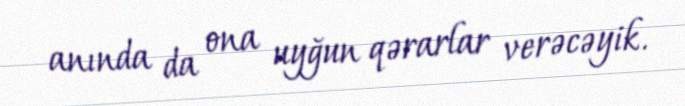
anında da ona uyğun qərarlar verəcəyik.